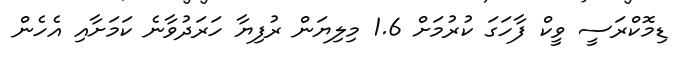
ޑިމޮކްރަސީ ވީކް ފާހަގަ ކުރުމަށް 1.6 މިލިޔަން ރުފިޔާ ހަރަދުވާނެ ކަމަށާއި އެހެން